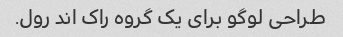
طراحی لوگو برای یک گروه راک اند رول.